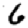
Digit: 6